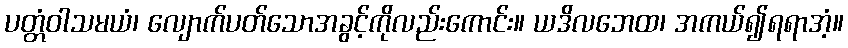
ပတ္တံဝါသမယံ၊ လျောက်ပတ်သောအခွင့်ကိုလည်းကောင်း။ ယဒိလဘေထ၊ အကယ်၍ရရာအံ့။